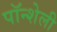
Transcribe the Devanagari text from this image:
पॉन्शेली